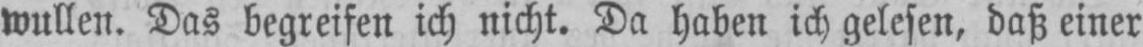
wullen. Das begreifen ich nicht. Da haben ich gelesen, daß einer